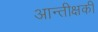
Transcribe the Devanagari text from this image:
आन्तीक्षकी